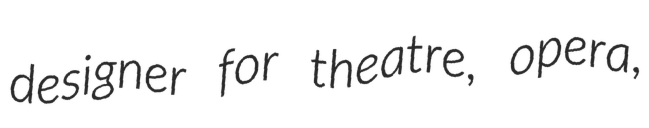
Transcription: designer for theatre, opera,